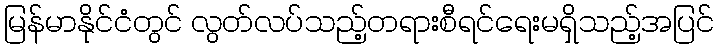
မြန်မာနိုင်ငံတွင် လွတ်လပ်သည့်တရားစီရင်ရေးမရှိသည့်အပြင်